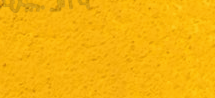
محل بيع السيارات المستعمل